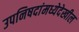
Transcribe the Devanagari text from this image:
उपनिषदांमध्येदेखील